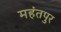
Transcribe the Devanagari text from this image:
महंतपुर